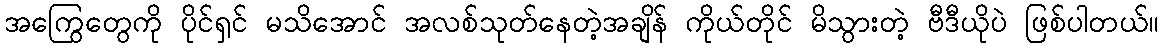
အကြွေတွေကို ပိုင်ရှင် မသိအောင် အလစ်သုတ်နေတဲ့အချိန် ကိုယ်တိုင် မိသွားတဲ့ ဗီဒီယိုပဲ ဖြစ်ပါတယ်။